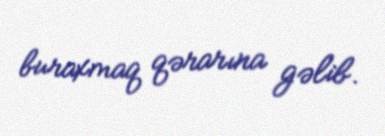
buraxmaq qərarına gəlib.